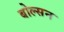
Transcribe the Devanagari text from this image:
बोल्सन